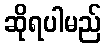
ဆိုရပါမည်